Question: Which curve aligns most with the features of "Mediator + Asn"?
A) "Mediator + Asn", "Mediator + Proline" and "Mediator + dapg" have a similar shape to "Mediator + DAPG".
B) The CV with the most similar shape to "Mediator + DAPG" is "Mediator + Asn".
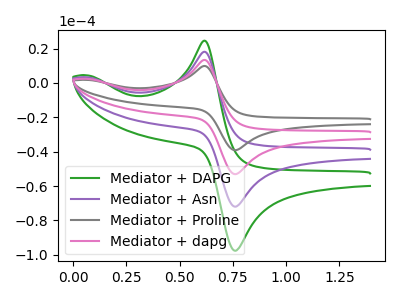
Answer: <think>The green curve "Mediator + DAPG" has an anodic peak at (0.60V, 24.55uA) and a cathodic peak at (0.75V, -97.50uA). The purple curve "Mediator + Asn" has an anodic peak at (0.60V, 18.10uA) and a cathodic peak at (0.75V, -71.90uA). The gray curve "Mediator + Proline" has an anodic peak at (0.60V, 54.30uA) and a cathodic peak at (0.75V, -215.70uA). The pink curve "Mediator + dapg" has an anodic peak at (0.60V, 36.20uA) and a cathodic peak at (0.75V, -143.80uA).
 All the peaks in "Mediator + DAPG" have a peak in "Mediator + Asn" at the same potential. Every peak in "Mediator + DAPG" is higher than every peak in "Mediator + Asn". All the peaks in "Mediator + DAPG" have a peak in "Mediator + Proline" at the same potential. Every peak in "Mediator + DAPG" is lower than every peak in "Mediator + Proline". All the peaks in "Mediator + DAPG" have a peak in "Mediator + dapg" at the same potential. Every peak in "Mediator + DAPG" is lower than every peak in "Mediator + dapg". All the peaks in "Mediator + Asn" have a peak in "Mediator + Proline" at the same potential. Every peak in "Mediator + Asn" is lower than every peak in "Mediator + Proline". All the peaks in "Mediator + Asn" have a peak in "Mediator + dapg" at the same potential. Every peak in "Mediator + Asn" is lower than every peak in "Mediator + dapg". All the peaks in "Mediator + Proline" have a peak in "Mediator + dapg" at the same potential. Every peak in "Mediator + Proline" is higher than every peak in "Mediator + dapg".</think>
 <answer>A) "Mediator + Asn", "Mediator + Proline" and "Mediator + dapg" have a similar shape to "Mediator + DAPG".</answer>
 <eval>A</eval>